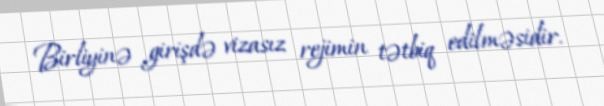
Birliyinə girişdə vizasız rejimin tətbiq edilməsidir.